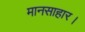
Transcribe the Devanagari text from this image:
मानसाहार।